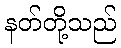
နတ်တို့သည်